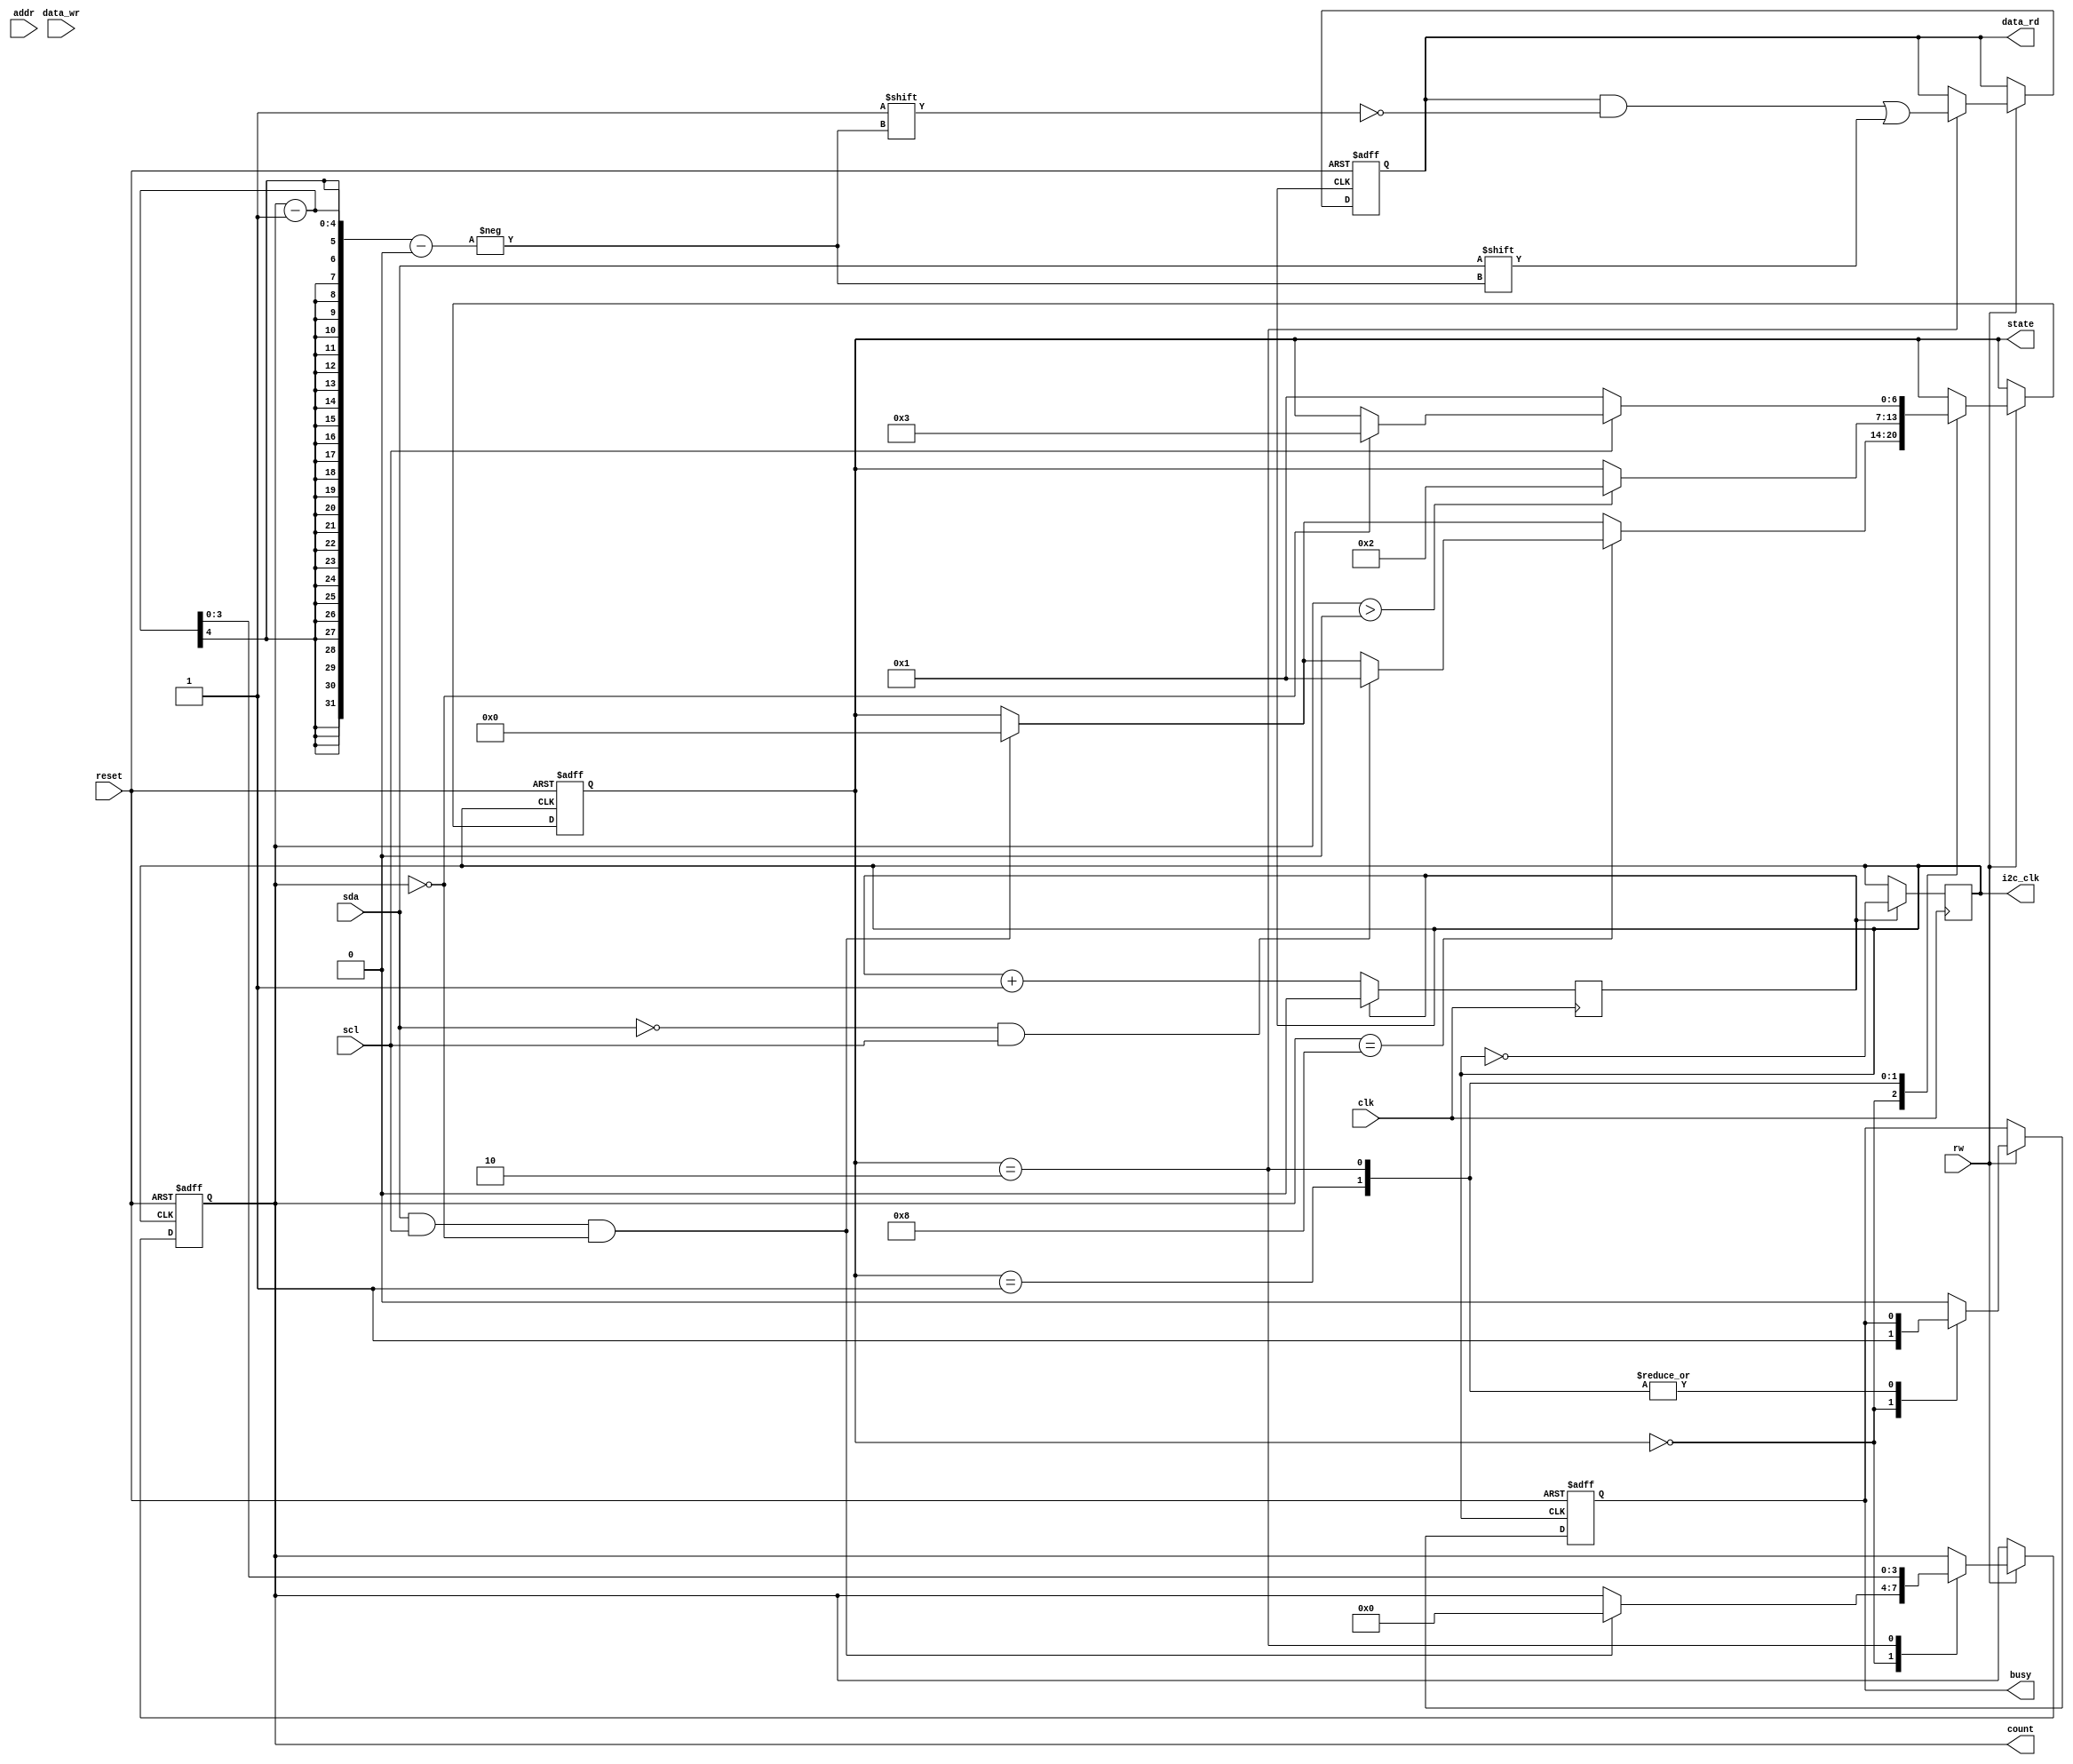
`timescale 1ns / 1ps
//////////////////////////////////////////////////////////////////////////////////
// Company: 
// Engineer: 
// 
// Design Name: 
// Module Name:    i2c_slave_1 
// Project Name: 
// Target Devices: 
// Tool versions: 
// Description: 
//
// Dependencies: 
//
// Revision: 
// Revision 0.01 - File Created
// Additional Comments: 
//
//////////////////////////////////////////////////////////////////////////////////
module i2c_slave_1(clk, reset, addr, data_wr, data_rd, rw,scl,sda,busy,state,count,i2c_clk);
	 						
	input clk, reset,rw;					
	input [2:0]addr;					
	input [7:0]data_wr;
	input scl, sda;
	output reg [7:0]data_rd;	
	output reg busy;										
	output reg [3:0]count;									
	output reg [6:0]state;	
	output reg i2c_clk;	
	
	localparam START = 0;					
	localparam READ = 1;					
	localparam READ_DATA = 2;			
	localparam ACK = 3;					
	localparam DIVIDE_BY = 4;

	reg counter2 = 0;
	reg data_rd_temp[7:0];
	initial i2c_clk = 1;

	always @(posedge clk) begin
		if (counter2 == (DIVIDE_BY/2) - 1) begin
			i2c_clk <= ~i2c_clk;
			counter2 <= 0;
		end
		else counter2 <= counter2 + 1;
	end 

//As I2C slave controller, based on scl and sda need to take the data on data_rd	
//	always @ (negedge i2c_clk, posedge reset)//wiht i2c_clk the data sampling is not proper, going with scl
//	always @ (negedge scl, posedge reset) 
	always @ (posedge i2c_clk, posedge reset) //going with scl does not make the change as scl is changed in this block
//	always @ (posedge reset) //it seems to be slower with clock try without <-- This method does not work
	
	begin					
		if (reset == 1)				
		begin							
		count <= 8;	//To delay by 1 clock changing from 8 to 9
		data_rd <= 0;	
		busy <= 0;
		state <= START;				
		end				
		else if (rw == 1) //rw = 1 --> Read			
		case (state)				
		START:begin		
				busy <= 1;		
				if (sda == 1 && scl ==1 && count == 0)
				begin
				count <= 0;
				state <= START;
				end
				if (count == 8)
				begin
				if (sda == 0 && scl == 1) //sda transition from 1 to 0 and scl = 1
				begin
//				count <= 8; //No need to set it here
				state <= READ;		 
				end
				end
				end		
		READ:begin				
				if (count>0) //>=0 will cause Count to reset to 7 //count>0 is sampling stop bit also	
				begin				
				state <= READ_DATA;		
				end		
//				else if (count == 0)	//to reset to initial state	
//				state <= ACK;		
				end		
		READ_DATA:begin				
					data_rd[count-1] <= sda;
					count <= count - 1;
					if (scl == 0) //Need to read new data when scl=0
					state <= READ;
					else if (count == 0)	//to reset to initial state	
					state <= ACK;		
					end		
		ACK:begin	 
			 busy <= 0;
			 //state <= START; //No need to go back to start			
			 end
		default:begin
				busy <= 0;
				end
				
		endcase				
	end //end of always		
endmodule